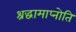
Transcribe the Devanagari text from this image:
श्रद्धामाप्नोति